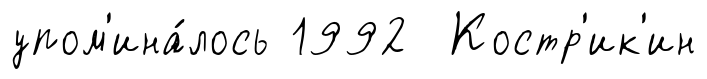
упом'ина́лось 1992 Костр'ик'ин